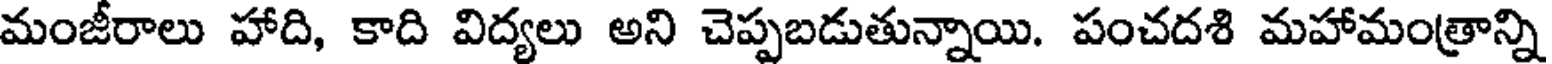
మంజీరాలు హాది, కాది విద్యలు అని చెప్పబడుతున్నాయి. పంచదశి మహామంత్రాన్ని